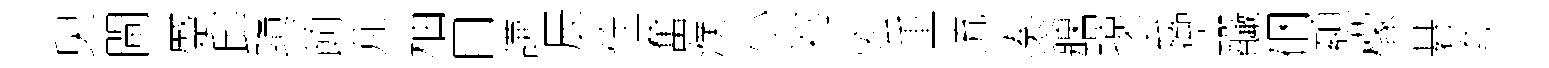
臾閘蹙邱隳餉芃柚囙謙辰佺奮濮小祁宏重流奏䆿璟会籞釅硱纇檬碁夸